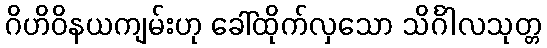
ဂိဟိဝိနယကျမ်းဟု ခေါ်ထိုက်လှသော သိင်္ဂါလသုတ္တ